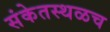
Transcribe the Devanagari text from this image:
संकेतस्थळच